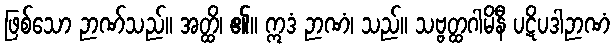
ဖြစ်သော ဉာဏ်သည်။ အတ္ထိ၊ ၏။ ဣဒံ ဉာဏံ၊ သည်။ သဗ္ဗတ္ထဂါမိနီ ပဋိပဒါဉာဏံ